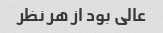
عالی بود از هر نظر